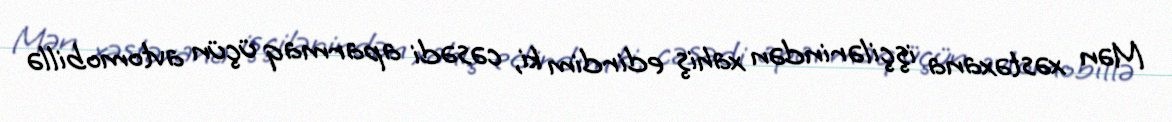
Mən xəstəxana işçilərindən xahiş edirdim ki, cəsədi aparmaq üçün avtomobillə